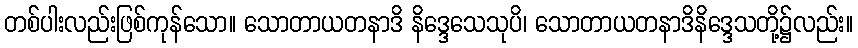
တစ်ပါးလည်းဖြစ်ကုန်သော။ သောတာယတနာဒိ နိဒ္ဒေသေသုပိ၊ သောတာယတနာဒိနိဒ္ဒေသတို့၌လည်း။